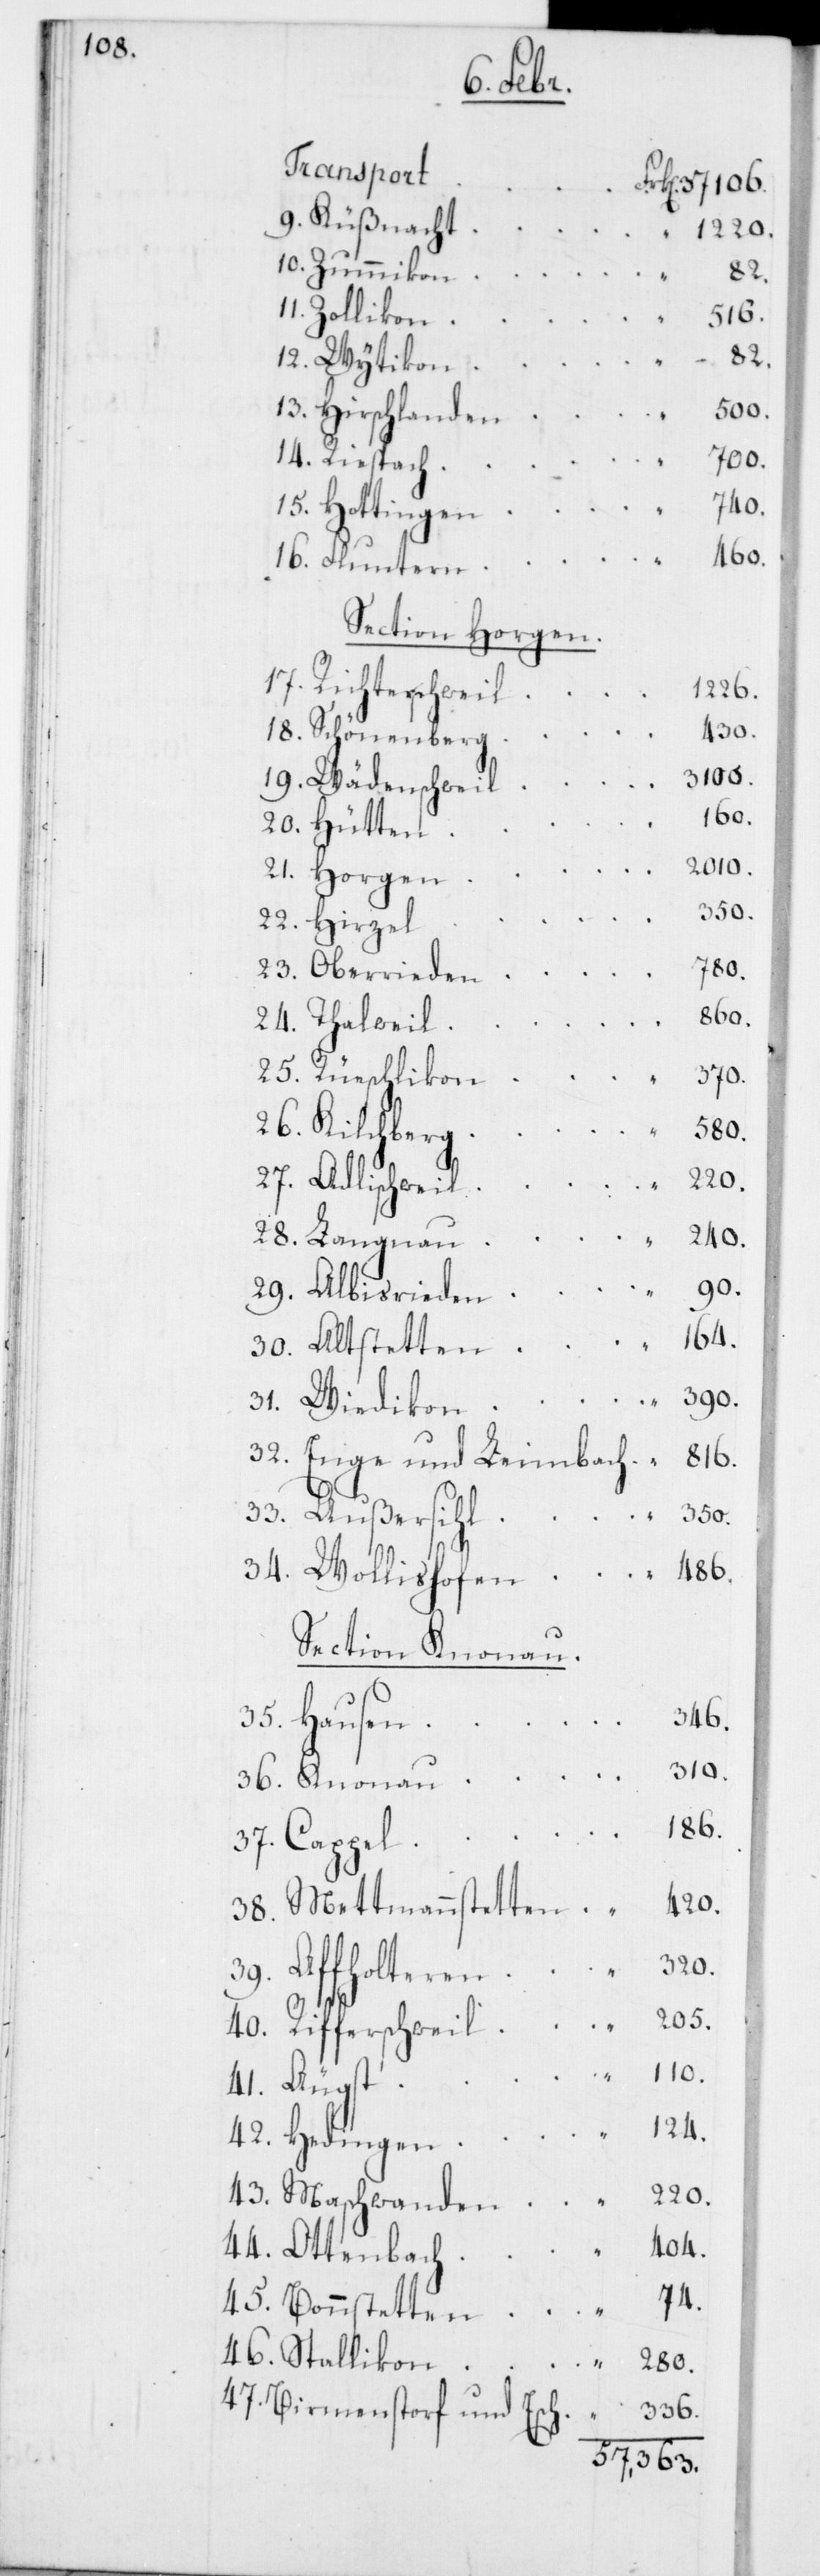
106.

Transport
9. Küßnacht
1220.
10. Zummikon
82.
Zollikon
310.
82.
12. Wytikon
500.
13. Hirschlanden
14. Riespach
110.
240.
42. Hedingen
404.
16. Fluntern
Section Horgen.
40. Rifferschweil
1226.
420.
18. Schönenberg
3100.
19. Wädenschweil
160.
20. Hütten
2010.
21. Horgen
350.
22. Hirzel
23. Oberrieden
860.
24. Thalweil
25. Rüeschlikon
39. Affholteren
280.
27. Adlischweil
29. Albisrieden
30. Altstetten
74.
31. Wiedikon
32. Enge und Leimbach
34. Wollishofen
Section Knonau.
124.
43.
37. Cappel
38. Mettmannstetten
41. Augst
47. Birmenstorf und
336.
Esch.